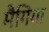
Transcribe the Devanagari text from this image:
मैगिया